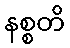
နစ္စတိ